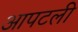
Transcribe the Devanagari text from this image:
आपटली